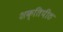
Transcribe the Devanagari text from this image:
शक्‍तिपीठ